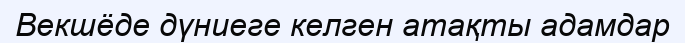
Векшёде дүниеге келген атақты адамдар